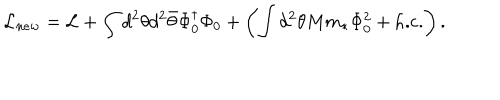
{ \cal L } _ { n e w } = { \cal L } + \int d ^ { 2 } \theta d ^ { 2 } \bar { \theta } \Phi _ { 0 } ^ { \dagger } \Phi _ { 0 } + \left( \int d ^ { 2 } \theta M m _ { * } \Phi _ { 0 } ^ { 2 } + \mathrm { h . c . } \right) . \nonumber